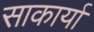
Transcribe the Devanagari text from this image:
साकार्या